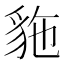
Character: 𲂥